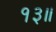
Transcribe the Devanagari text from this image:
१३॥